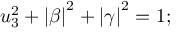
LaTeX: u _ { 3 } ^ { 2 } + \left| \beta \right| ^ { 2 } + \left| \gamma \right| ^ { 2 } = 1 ;